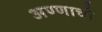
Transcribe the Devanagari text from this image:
अण्णाची